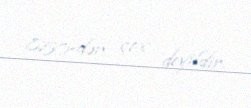
850-dən çox deyildir.